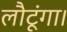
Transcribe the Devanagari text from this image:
लौटूंगा।